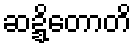
ဆဍ္ဍိတောတိ